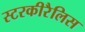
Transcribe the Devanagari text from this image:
स्टरकीरैलिस